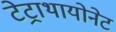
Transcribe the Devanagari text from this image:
टेट्राथायोनेट